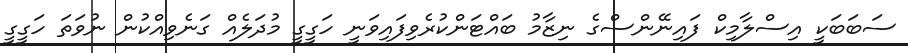
ސަބަބަކީ އިސްލާމިކް ފައިނޭންސްގެ ނިޒާމު ބައްޓަންކުރެވިފައިވަނީ ހަގީގީ މުދަލެއް ގަނެވިއްކުން ނުވަތަ ހަގީގީ